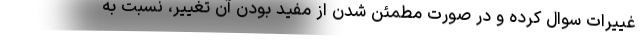
غییرات سوال کرده و در صورت مطمئن شدن از مفید بودن آن تغییر، نسبت به